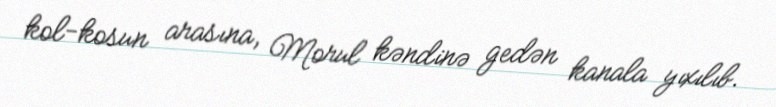
kol-kosun arasına, Morul kəndinə gedən kanala yıxılıb.